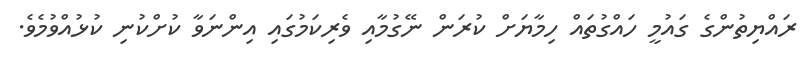
ރައްޔިތުންގެ ގައުމީ ހައްގުތައް ހިމާޔަށް ކުރަން ނޭގުމާއި ވެރިކަމުގައި އިންނަވާ ކުށްކުނި ކުޅުއްވުމެވެ.